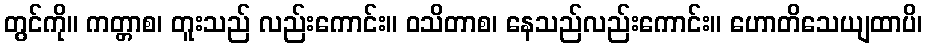
တွင်ကို။ ကတ္တာစ၊ တူးသည် လည်းကောင်း။ ဝသိတာစ၊ နေသည်လည်းကောင်း။ ဟောတိသေယျထာပိ၊